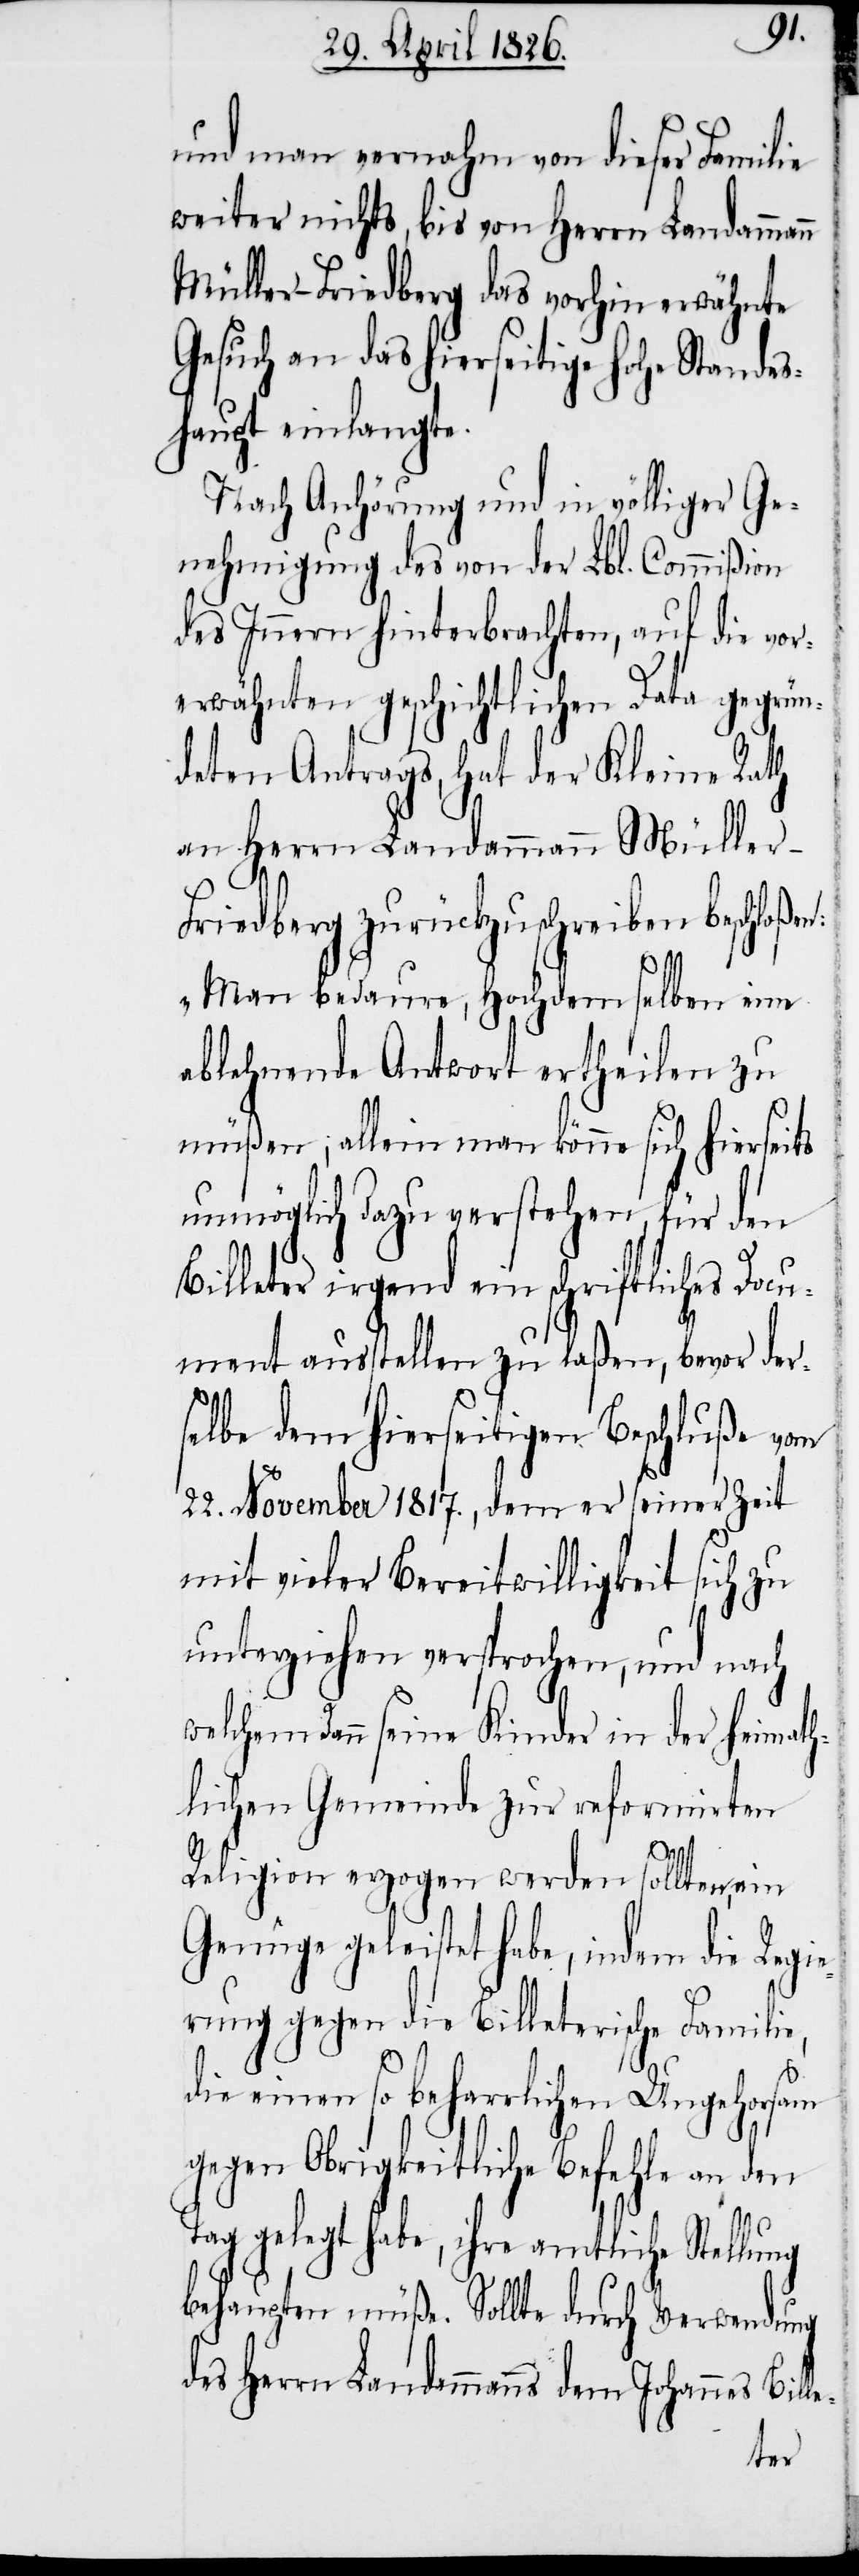
und man vernahm von dieser Familie
weiter nichts, bis von Herrn Landammann
Müller-Friedberg das vorhin erwähnte
Gesuch an das hierseitige hohe Standes¬
haupt einlangte.
Nach Anhörung und in völliger Ge¬
nehmigung des von der Lbl. Commißion
des Innern hinterbrachten, auf die vor¬
erwähnten geschichtlichen Data gegrün¬
deten Antrags, hat der Kleine Rath
an Herrn Landammann Müller-F¬
riedberg zurückzuschreiben beschloßen:
„Man bedaure, Hochdemselben eine
ablehnende Antwort ertheilen zu
müßen; allein man könne sich hierseits
unmöglich dazu verstehen, für den
Billeter irgend ein schriftliches Docu¬
ment ausstellen zu laßen, bevor der¬
selbe dem hierseitigen Beschluße vom
22. November 1817., dem er seiner Zeit
mit vieler Bereitwilligkeit sich zu
unterziehen versprochen, und nach
welchem dann seine Kinder in der heimat¬
hlichen Gemeinde zur reformirten
Religion erzogen werden sollten, ein
Genüge geleistet habe, indem die Regi¬
erung gegen die Billeterische Familie,
die einen so beharrlichen Ungehorsam
gegen Obrigkeitliche Befehle an den
Tag gelegt habe, ihre amtliche Stellung
behaupten müße. Sollte durch Verwendung
des Herrn Landammanns dem Johannes Bil¬
le-